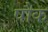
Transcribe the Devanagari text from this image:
षौक